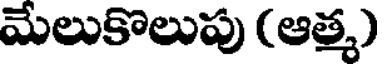
మేలుకొలుపు (ఆత్మ)